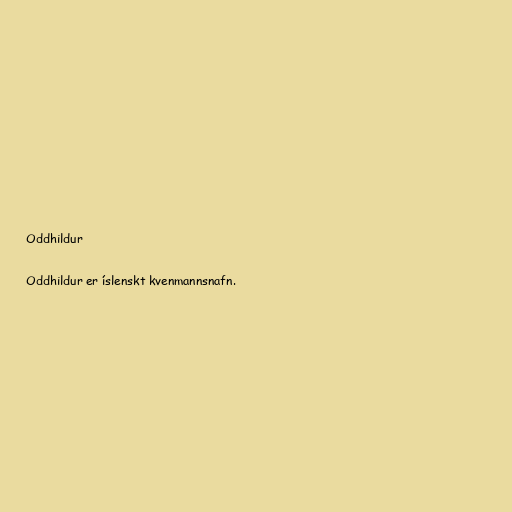
Oddhildur

Oddhildur er íslenskt kvenmannsnafn.